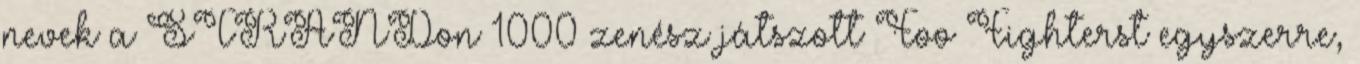
nevek a STRANDon 1000 zenész játszott Foo Fighterst egyszerre,